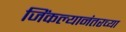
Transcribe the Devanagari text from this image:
जिंकल्यानंतरच्या